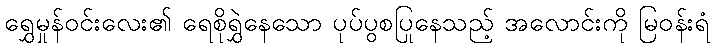
ရွှေမှုန်ဝင်းလေး၏ ရေစိုရွှဲနေသော ပုပ်ပွစပြုနေသည့် အလောင်းကို မြဝန်းရံ